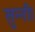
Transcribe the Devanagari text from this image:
सुन्नी।